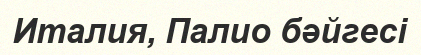
Италия, Палио бәйгесі